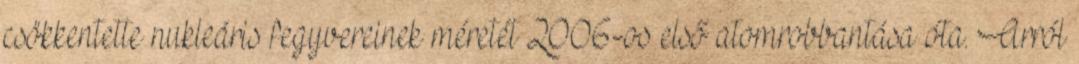
csökkentette nukleáris fegyvereinek méretét 2006-os első atomrobbantása óta. Arról